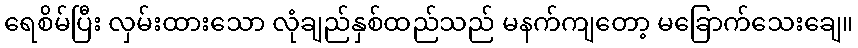
ရေစိမ်ပြီး လှမ်းထားသော လုံချည်နှစ်ထည်သည် မနက်ကျတော့ မခြောက်သေးချေ။